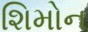
શિમોન